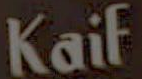
Kaif